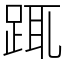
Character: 踂